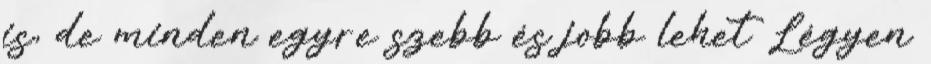
is, de minden egyre szebb és jobb lehet Légyen